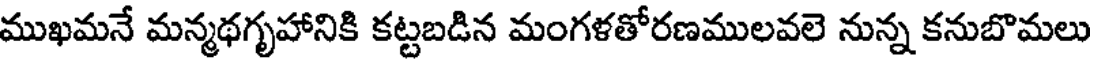
ముఖమనే మన్మథగృహానికి కట్టబడిన మంగళతోరణములవలె నున్న కనుబొమలు